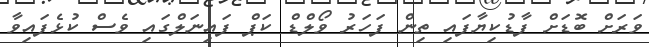
ވަރަށް ބޮޑަށް ފާޑުކިޔާފައި ތިން ފަހަރު ވޯލްޑް ކަޕް ފައިނަލްގައި ވެސް ކުޅެފައިވާ